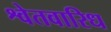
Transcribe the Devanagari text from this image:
श्वेतवारिध